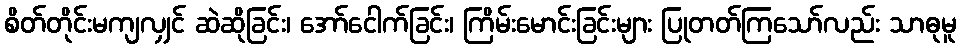
စိတ်တိုင်းမကျလျှင် ဆဲဆိုခြင်း၊ အော်ငေါက်ခြင်း၊ ကြိမ်းမောင်းခြင်းများ ပြုတတ်ကြသော်လည်း သာဓုမူ